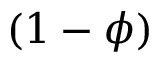
( 1 - \phi )